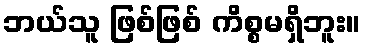
ဘယ်သူ ဖြစ်ဖြစ် ကိစ္စမရှိဘူး။